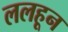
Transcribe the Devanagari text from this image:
ललहून